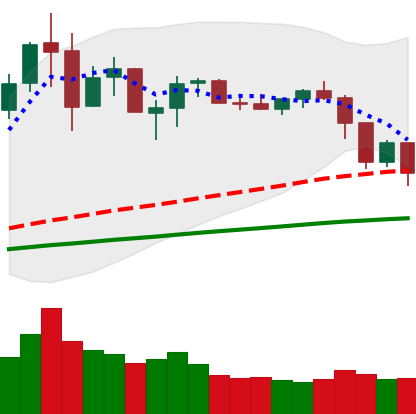
Ticker: NEO-USD
Chart end date: 2019-07-13
Forward return: -7.667%
Label: down_7plus